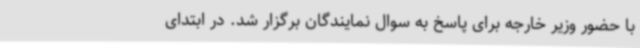
با حضور وزیر خارجه برای پاسخ به سوال نمایندگان برگزار شد. در ابتدای